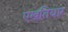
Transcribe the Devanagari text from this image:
एख़तियार